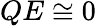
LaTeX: QE\cong 0